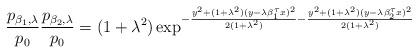
LaTeX: \begin{align*}\frac{p_{\beta_{1},\lambda}}{p_{0}}\frac{p_{\beta_{2},\lambda}}{p_{0}}=(1+\lambda^{2})\exp^{-\frac{y^{2}+(1+\lambda^{2})(y-\lambda\beta_{1}^{\tau}x)^{2}}{2(1+\lambda^{2})}-\frac{y^{2}+(1+\lambda^{2})(y-\lambda\beta_{2}^{\tau}x)^{2}}{2(1+\lambda^{2})}}\end{align*}